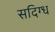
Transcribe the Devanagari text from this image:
सदिग्ध